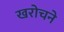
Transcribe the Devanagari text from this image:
खरोचने